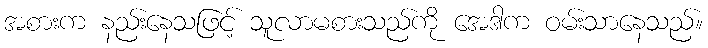
အစားက နည်းနေသဖြင့် သူလာမစားသည်ကို အေဒါက ဝမ်းသာနေသည်။